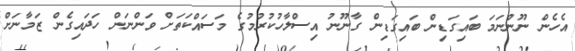
އެހެން ނޫންނަމަ ބައިގަޑިން ބައިގަޑިން ގާނޫނު އިސްލާހުކުރުމުގެ މަސައްކަތަށް ވަންނަން ހަދައިގެން ޒަމާނަށް